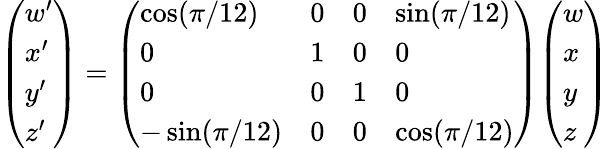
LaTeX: {\left(\begin{array}{l}{w^{\prime}}\\ {x^{\prime}}\\ {y^{\prime}}\\ {z^{\prime}}\end{array}\right)}={\left(\begin{array}{llll}{\cos(\pi/12)}&{0}&{0}&{\sin(\pi/12)}\\ {0}&{1}&{0}&{0}\\ {0}&{0}&{1}&{0}\\ {-\sin(\pi/12)}&{0}&{0}&{\cos(\pi/12)}\end{array}\right)}{\left(\begin{array}{l}{w}\\ {x}\\ {y}\\ {z}\end{array}\right)}